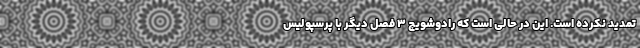
تمدید نکرده است. این در حالی است که رادوشویچ 3 فصل دیگر با پرسپولیس